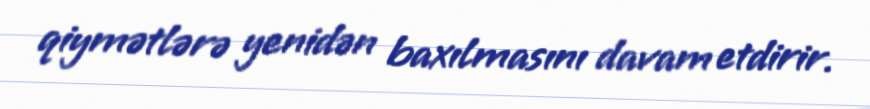
qiymətlərə yenidən baxılmasını davam etdirir.